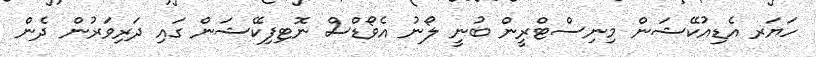
ހަޔަރ އެޑިއުކޭޝަން މިނިސްޓްރީން ބުނީ ލޯނު އެވޯޑްސް ނޮޓިފިކޭޝަން ގައި ދަރިވަރުން ދެން